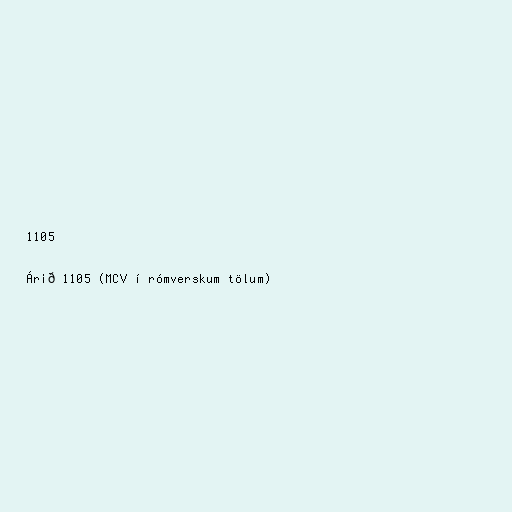
1105

Árið 1105 (MCV í rómverskum tölum)